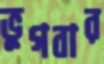
ভুগবার